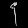
Digit: ၄